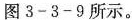
图3-3-9所示。